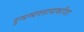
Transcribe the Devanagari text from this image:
दुग्धव्यवसायाकरिता